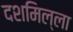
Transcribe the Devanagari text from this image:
दशमिल्ला